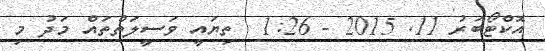
އޮކްޓޯބަރު 11